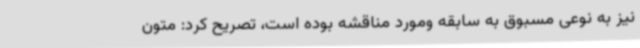
نیز به نوعی مسبوق به سابقه ومورد مناقشه بوده است، تصریح کرد: متون